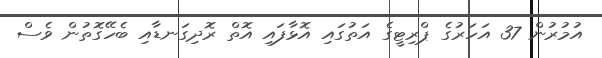
އުމުރުން 37 އަހަރުގެ ޕްރިޓީގެ އަތުގައި އޮޅާފައި އޮތް ރޮދިގަނޑާއި ބެހޭގޮތުން ވެސް